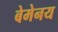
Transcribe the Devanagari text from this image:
बेमेनय